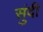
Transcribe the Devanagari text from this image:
सुंदी